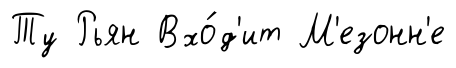
Ту Рьян Вхо́д'ит М'езонн'е